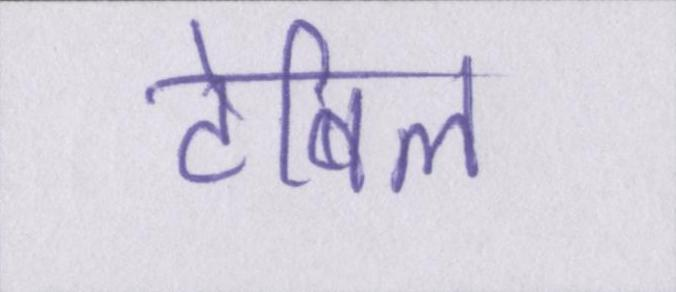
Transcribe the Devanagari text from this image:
टेबिल